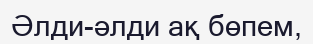
Әлди-әлди ақ бөпем,